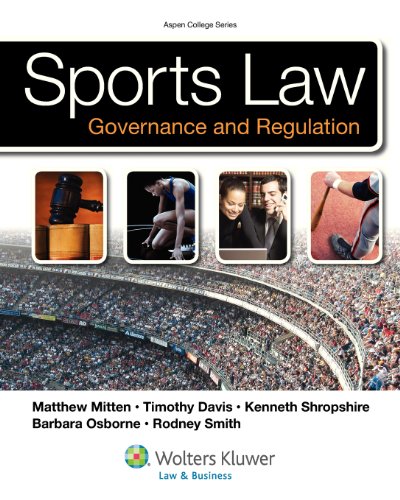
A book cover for Sports Law: Governance and Regulation (Aspen College); Matthew J. Mitten; Law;